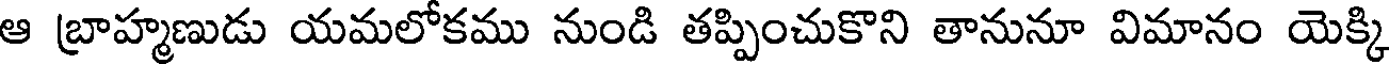
ఆ బ్రాహ్మణుడు యమలోకము నుండి తప్పించుకొని తానునూ విమానం యెక్కి